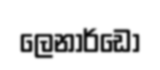
ලෙනාර්ඩෝ